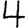
Digit: 4